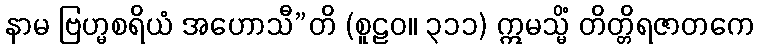
နာမ ဗြဟ္မစရိယံ အဟောသီ”တိ (စူဠဝ။ ၃၁၁) ဣမသ္မိံ တိတ္တိရဇာတကေ